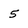
Character: 5